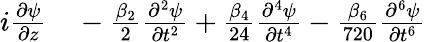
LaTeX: \begin{array}{rl}{i\frac{\partial\psi}{\partial z}}&{{}-\frac{\beta_{2}}{2}\frac{\partial^{2}\psi}{\partial t^{2}}+\frac{\beta_{4}}{24}\frac{\partial^{4}\psi}{\partial t^{4}}-\frac{\beta_{6}}{720}\frac{\partial^{6}\psi}{\partial t^{6}}}\end{array}